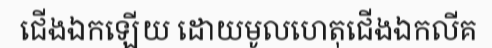
ជើងឯកឡើយ ដោយមូលហេតុជើងឯកលីគ